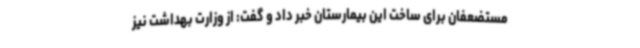
مستضعفان برای ساخت این بیمارستان خبر داد و گفت: از وزارت بهداشت نیز